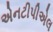
એનટીપીએલ